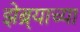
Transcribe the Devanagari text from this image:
झेब्र्याच्या